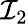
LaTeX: \mathcal{I}_{2}